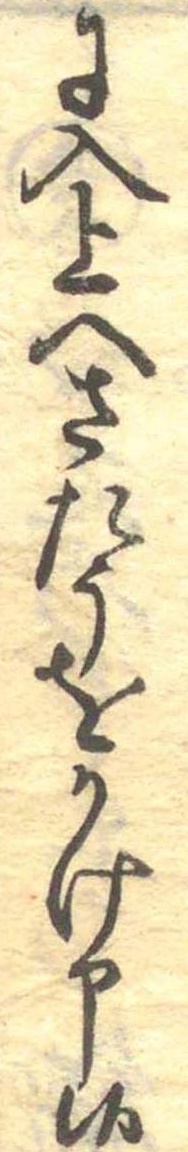
に入上へさたうをかけ申候